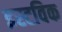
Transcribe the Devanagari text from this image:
इस्टविक